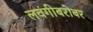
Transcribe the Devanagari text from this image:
लवंगीबरोबर